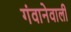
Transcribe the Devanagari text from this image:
गंवानेवाली